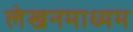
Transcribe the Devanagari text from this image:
लेखनमाध्यम